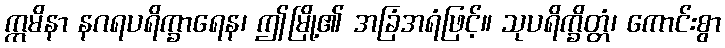
ဣမိနာ နဂရပရိက္ခာရေန၊ ဤမြို့၏ အခြံအရံဖြင့်။ သုပရိက္ခိတ္တံ၊ ကောင်းစွာ